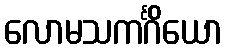
လောမသကင်္ဂိယော